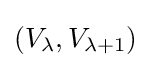
(V_{\lambda },V_{\lambda +1})